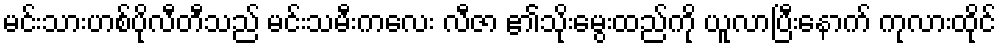
မင်းသားဟစ်ပိုလီတီသည် မင်းသမီးကလေး လီဇာ ၏သိုးမွေးထည်ကို ယူလာပြီးနောက် ကုလားထိုင်